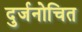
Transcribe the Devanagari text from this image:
दुर्जनोचित